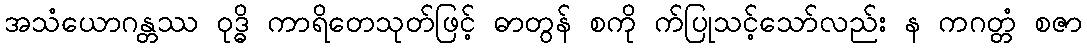
အသံယောဂန္တဿ ဝုဒ္ဓိ ကာရိတေသုတ်ဖြင့် ဓာတွန် စကို က်ပြုသင့်သော်လည်း န ကဂတ္တံ စဇာ